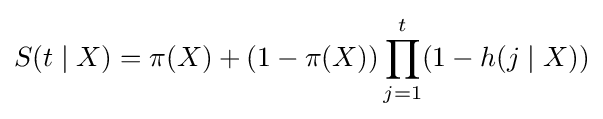
S(t\mid X)=\pi (X)+(1-\pi (X))\prod _{j=1}^{t}(1-h(j\mid X))